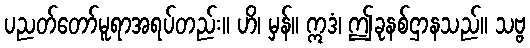
ပညတ်တော်မူရာအရပ်တည်း။ ဟိ၊ မှန်။ ဣဒံ၊ ဤခုနစ်ဌာနသည်။ သဗ္ဗ